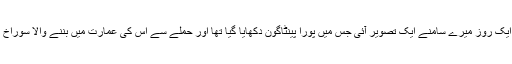
پھر ایک روز میرے سامنے ایک تصویر آئی جس میں پورا پینٹاگون دکھایا گیا تھا اور حملے سے اس کی عمارت میں بننے والا سوراخ بھی۔